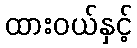
ထားဝယ်နှင့်